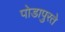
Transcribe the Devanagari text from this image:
पोडापुरते